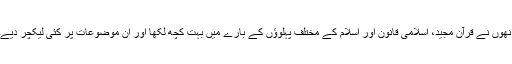
انھوں نے قرآن مجید، اسلامی قانون اور اسلام کے مختلف پہلوؤں کے بارے میں بہت کچھ لکھا اور ان موضوعات پر کئی لیکچر دیے۔